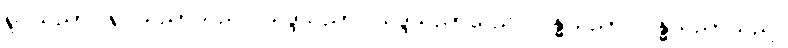
ရူပသညာ၊ ရူပသညာသည်။ သဒ္ဒသညာ၊ သဒ္ဒသညာသည်။ ဂန္ဓသညာ၊ ဂန္ဓသညာသည်။